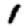
Digit: 1